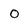
Character: 0